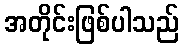
အတိုင်းဖြစ်ပါသည်